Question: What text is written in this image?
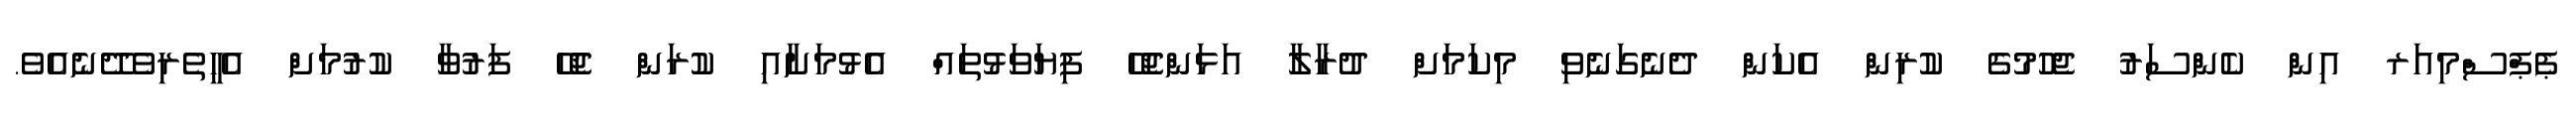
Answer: ޕެޕްސްމިއަރ އިން ކެންސަރު ޖެހުމުގެ ކުރިން އެކަން ދެނެގަނެވި މިކަމަށް ދުރާލާ އަޅަންޖެހޭ ފިޔަވަޅުތައް އެޅުމަށާއި ކުރަން ޖެހޭ ފަރުވާ ކުރުމަށް އެހީތެރިވެދޭނެއެވެ.